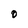
Character: O